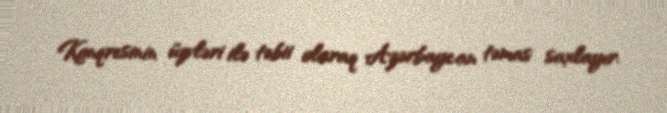
Konqresinin üzvləri ilə təbii olaraq Azərbaycan təmas saxlayır.